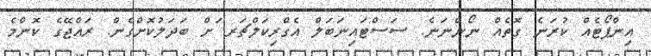
އިންޕޯޓެއް ކުރަނެ ގޮތެއް ނޯންނަނެ. ސަސްޓައިނަަބަލް އެގްރިކަލްޗަރ ަށް ބަދަލުކޮށްގެން. ރައްޖޭގެ ކޮންމެ